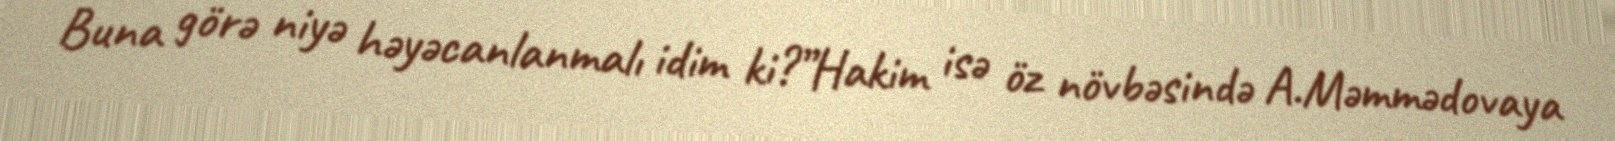
Buna görə niyə həyəcanlanmalı idim ki?”Hakim isə öz növbəsində A.Məmmədovaya